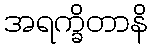
အရက္ခိတာနိ